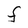
Character: F